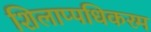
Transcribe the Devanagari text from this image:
शिलाप्पधिकरम